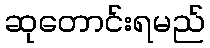
ဆုတောင်းရမည်